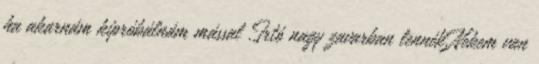
ha akarnám kipróbálnám mással .Irtó nagy zavarban lennék.Nekem van